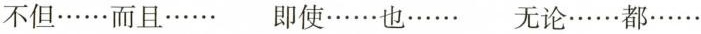
不但……而且…… 即使……也· 无论……都……